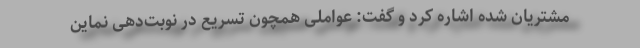
مشتریان شده اشاره کرد و گفت: عواملی همچون تسریع در نوبت‌دهی نماین